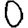
Digit: 0